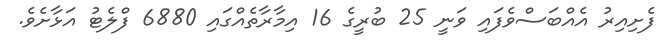
ފެށިއިރު އެއްބަސްވެފައި ވަނީ 25 ބުރީގެ 16 އިމާރާތެއްގައި 6880 ފްލެޓު އަޅާށެވެ.